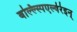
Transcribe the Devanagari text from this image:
बल्ल्स्पिएल्वेरेइन्